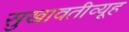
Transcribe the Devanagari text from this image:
सुखावतीव्यूह